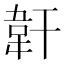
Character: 𩎒